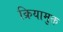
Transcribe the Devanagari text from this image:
क्रियामुक्त